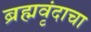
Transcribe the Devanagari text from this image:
ब्रह्मवृंदाचा